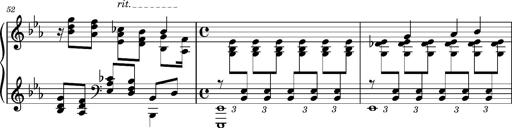
Title: PrÃ©ludes et Harmonies poÃ©tiques et religieuses
Composer: Franz Liszt